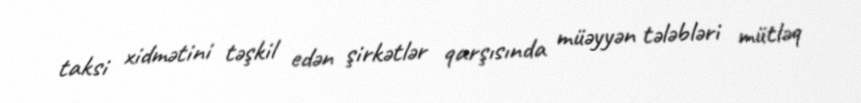
taksi xidmətini təşkil edən şirkətlər qarşısında müəyyən tələbləri mütləq